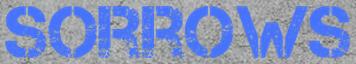
SORROWS